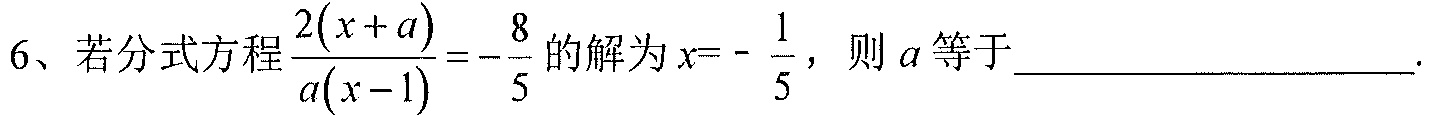
6、若分式方程\(\frac{2(x + a)}{a(x - 1)} = -\frac{8}{5}\)的解为\(x = -\frac{1}{5}\)，则\(a\)等于____________________.